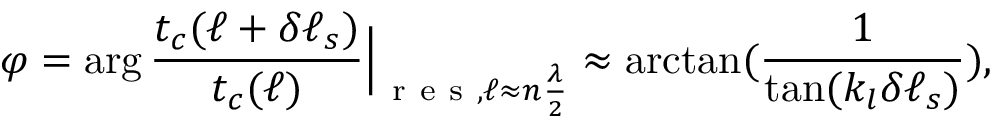
\varphi = \arg \frac { t _ { c } ( \ell + \delta \ell _ { s } ) } { t _ { c } ( \ell ) } \Bigr | _ { \mathrm { ~ r ~ e ~ s ~ } , \ell \approx n \frac { \lambda } { 2 } } \approx \arctan ( \frac { 1 } { \tan ( k _ { l } \delta \ell _ { s } ) } ) ,